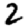
Digit: 2